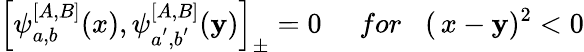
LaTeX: \left[\psi_{a,b}^{\left[A,B\right]}(x),\psi_{a^{^{\prime}},b^{^{\prime}}}^{\left[A,B\right]}(\mathbf{y})\right]_{\pm}=0\, \, \, \, \, \, \, \, for\, \, \, \, \, (\, x-\mathbf{y})^{2}<0